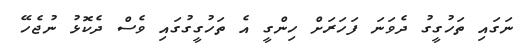
ނަގައި ތަހުގީގު ދެވަނަ ފަހަރަށް ހިންގީ އެ ތަހުގީގުގައި ވެސް ދެކޮޅު ނުޖެހޭ